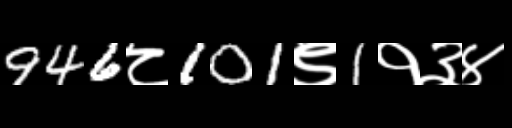
Text: 946८101९1१३४